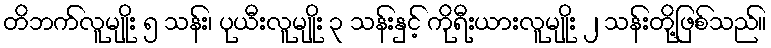
တိဘက်လူမျိုး ၅ သန်း၊ ပုယီးလူမျိုး ၃ သန်းနှင့် ကိုရီးယားလူမျိုး ၂ သန်းတို့ဖြစ်သည်။